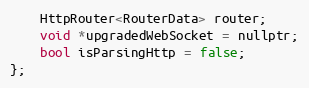
Language: C
    HttpRouter<RouterData> router;
    void *upgradedWebSocket = nullptr;
    bool isParsingHttp = false;
};